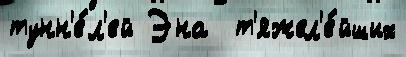
тунн'е́л'ей Эна  т'яжел'е́йших